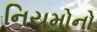
નિયમોનો